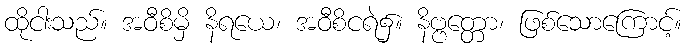
ထိုငါးသည်။ အဝီစိမှိ နိရယေ၊ အဝီစိငရဲ၌။ နိဗ္ဗတ္တော၊ ဖြစ်သောကြောင့်။